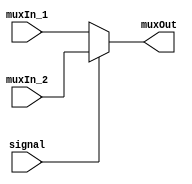

module TwoToOneMux (
    input [31:0] muxIn_1, 
    input [31:0] muxIn_2, 
    input signal, 
    output reg [31:0] muxOut
);
 
always @* 
    begin
        if (signal) begin
            muxOut = muxIn_2;
        end
        else begin
            muxOut = muxIn_1;
        end
    end

endmodule